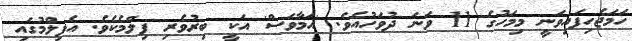
ހަމަޖެހިފައިވަނީ މިމަހުގެ 11 ވަނަ ދުވަހުއެވެ. 'އަމާވަސް' އަކީ ބިރުވެރި ފިލްމެކެވެ. އެފިލްމުގައި